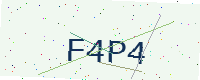
Text: F4P4